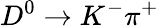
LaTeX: D^{0}\to K^{-}\pi^{+}